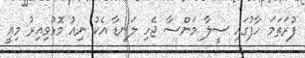
ފުރަތަމަ ހާފުގައި ސީލާ މަންސާ ޖެހި ލަނޑާ އެކު ނިއު މޮޅުވިއިރު މިއީ